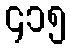
၄၁၅